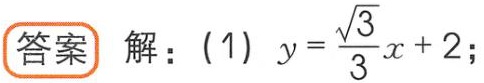
答案 解：(1) \(y = \frac{\sqrt{3}}{3}x + 2\);